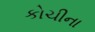
કોચીના